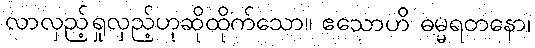
လာလှည့်ရှုလှည့်ဟုဆိုထိုက်သော။ ဧသောဟိ ဓမ္မရတနော၊